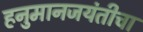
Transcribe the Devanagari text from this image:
हनुमानजयंतीचा